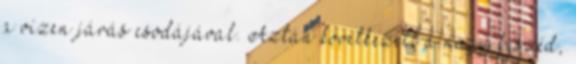
a vízen járás csodájával. Aztán következett a nagy beszéd,